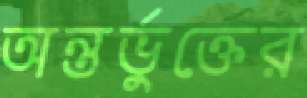
অন্তর্ভুক্তের